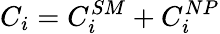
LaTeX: C_{i}=C_{i}^{SM}+C_{i}^{NP}